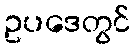
ဥပဒေတွင်